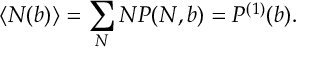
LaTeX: \left< N ( b ) \right> = \sum _ { N } N P ( N , b ) = P ^ { ( 1 ) } ( b ) .